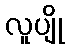
လူပျို